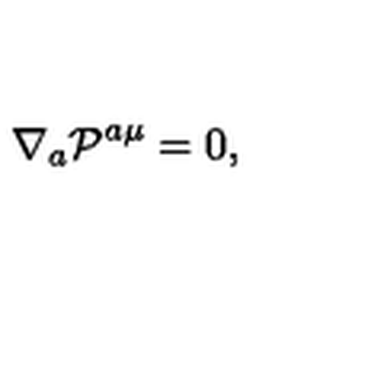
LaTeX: \nabla _ { a } { \cal P } ^ { a \mu } = 0 ,